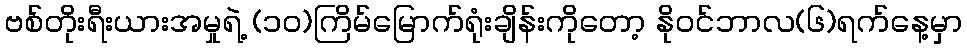
ဗစ်တိုးရီးယားအမှုရဲ့ (၁၀)ကြိမ်မြောက်ရုံးချိန်းကိုတော့ နိုဝင်ဘာလ(၆)ရက်နေ့မှာ